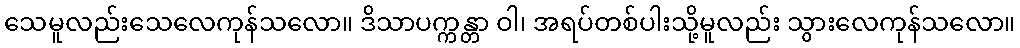
သေမူလည်းသေလေကုန်သလော။ ဒိသာပက္ကန္တာ ဝါ၊ အရပ်တစ်ပါးသို့မူလည်း သွားလေကုန်သလော။